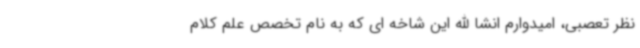
نظر تعصبی، امیدوارم انشا الله این شاخه ای که به نام تخصص علم کلام